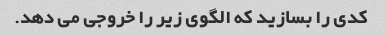
کدی را بسازید که الگوی زیر را خروجی می دهد.